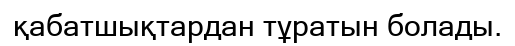
қабатшықтардан тұратын болады.